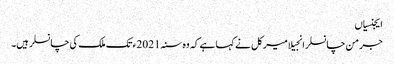
ایجنسیاں
جرمن چانسلر انجیلا میرکل نے کہا ہے کہ وہ سنہ 2021ء تک ملک کی چانسلر ہیں۔